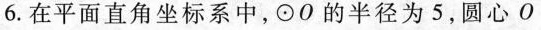
6. 在平面直角坐标系中，\odot O的半径为5，圆心 O